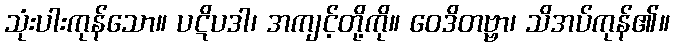
သုံးပါးကုန်သော။ ပဋိပဒါ၊ အကျင့်တို့ကို။ ဝေဒိတဗ္ဗာ၊ သိအပ်ကုန်၏။